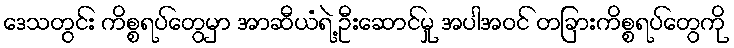
ဒေသတွင်း ကိစ္စရပ်တွေမှာ အာဆီယံရဲ့ ဦးဆောင်မှု အပါအဝင် တခြားကိစ္စရပ်တွေကို